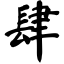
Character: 肆